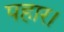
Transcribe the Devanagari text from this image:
पहार।